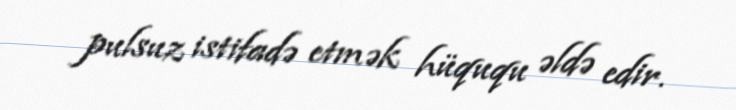
pulsuz istifadə etmək hüququ əldə edir.